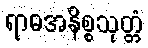
ရာဓအနိစ္စသုတ္တံ